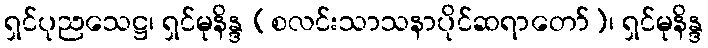
ရှင်ပုညသေဋ္ဌ၊ ရှင်မုနိန္ဒ (စလင်းသာသနာပိုင်ဆရာတော်)၊ ရှင်မုနိန္ဒ